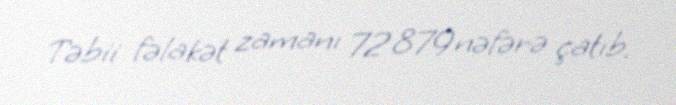
Təbii fəlakət zamanı 72 879 nəfərə çatıb.